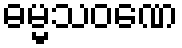
ဓမ္မသဝဏေ